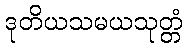
ဒုတိယသမယသုတ္တံ